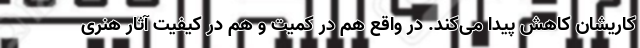
کاریشان کاهش پیدا می‌کند. در واقع هم در کمیت و هم در کیفیت آثار هنری